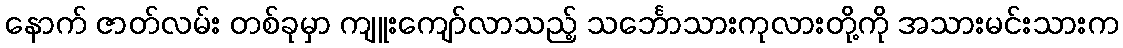
နောက် ဇာတ်လမ်း တစ်ခုမှာ ကျူးကျော်လာသည့် သင်္ဘောသားကုလားတို့ကို အသားမင်းသားက